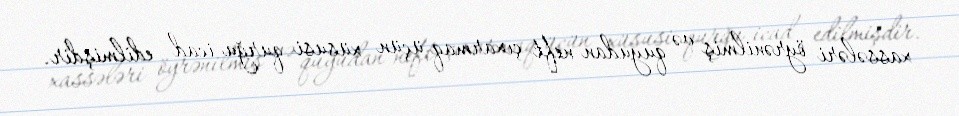
xassələri öyrənilmiş və quyudan neft çıxarmaq üçün xüsusi qurğu icad edilmişdir.